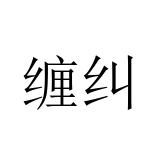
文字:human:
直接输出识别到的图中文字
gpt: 缠纠